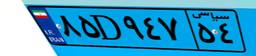
۷۸D۰۹۰۶۴